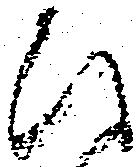
ひ